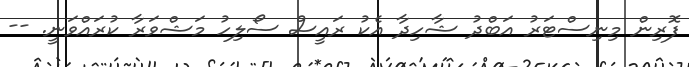
ފޮރިން މިނިސްޓަރު އަބްދު ޝާހިދާ އެކު ރައީސް ސޯލިހު މަޝްވަރާ ކުރައްވަނީ. --